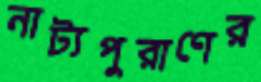
নাট্যপুরাণের